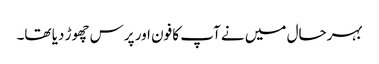
بہرحال میں نے آپ کا فون اور پرس چھوڑ دیا تھا۔